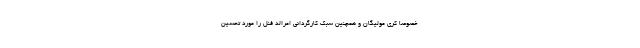
خصوصا کری مولیگان و همچنین سبک کارگردانی امرالد فنل را مورد تحسین